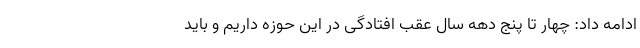
ادامه داد: چهار تا پنج دهه سال عقب افتادگی در این حوزه داریم و باید